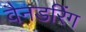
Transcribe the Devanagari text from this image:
वैनडरिंग